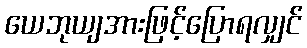
ယေဘုယျအားဖြင့်ပြောရလျှင်